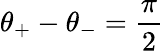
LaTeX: \theta_{+}-\theta_{-}=\frac{\pi}{2}